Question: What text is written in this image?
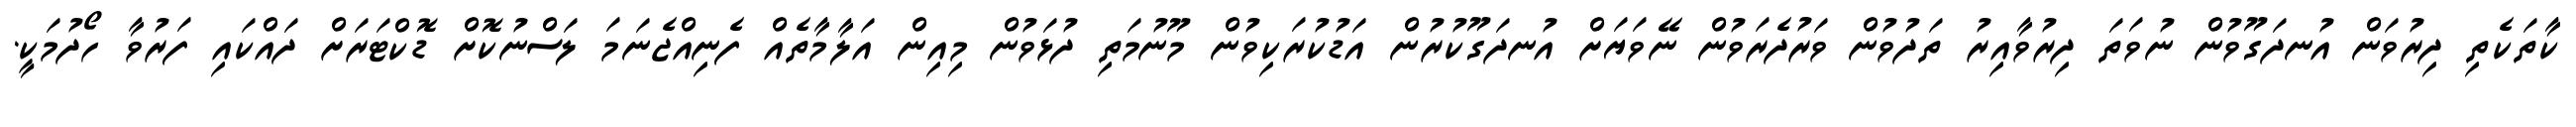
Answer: ކާތަކެތި ދިރުވަން އުނދަގޫވުން ނުވަތަ ދިރުވާއިރު ތަދުވުން ވަރުދެރަވުން ނޭވަޔަށް އުނދަގޫކުރުން އަޑުކުރަކިވުން މޫނުމަތި ދުޅަވުން މިއިން އަލާމާތެއް ފެނިއްޖެނަމަ ލަސްނުކޮށް ޑޮކްޓަރަށް ދައްކައި ފަރުވާ ހޯދުމަކީ.